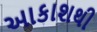
આકાશથી